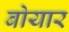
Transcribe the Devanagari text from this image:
बोयार